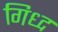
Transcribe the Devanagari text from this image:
गिध्द